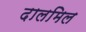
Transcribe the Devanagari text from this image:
दालमिल